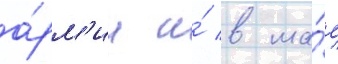
а́рм'ии и́ в ма́е